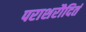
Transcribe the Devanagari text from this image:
पराशरौदितं